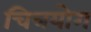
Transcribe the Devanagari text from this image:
चित्रयोग